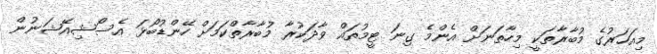
މިއަހަރުގެ މުބާރާތަކީ މިހާތަނަށް އެންމެ ގިނަ ޓީމުތައް ވާދަކުރާ މުބާރާތްކަމަށް ހޭންޑުބޯޅަ އެސޯޝިއޭޝަނުން